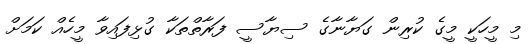
މި މީހަކީ މީގެ ކުރިން ގަޔާނާގެ ސިޔާސީ ފަރާތްތަކާ ގުޅިފައިވާ މީހެއް ކަމަށް